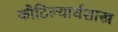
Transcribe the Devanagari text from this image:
कौटिल्यार्थशास्त्र